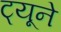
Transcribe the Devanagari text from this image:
ट्यूने